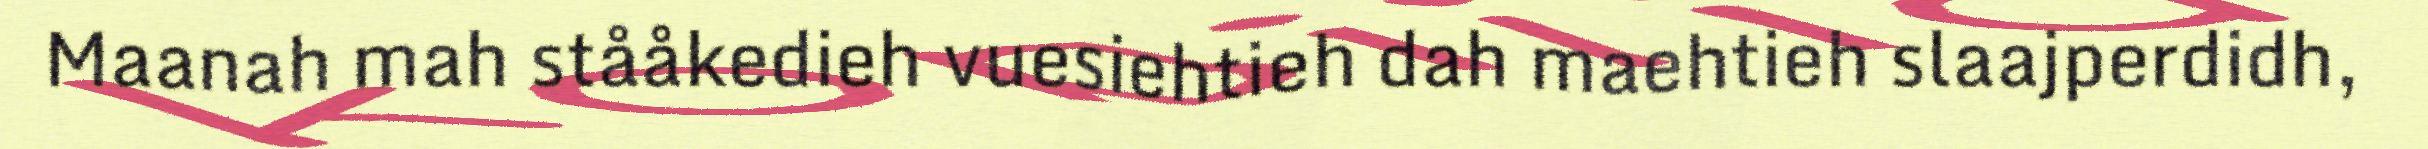
Maanah mah stååkedieh vuesiehtieh dah maehtieh slaajperdidh,